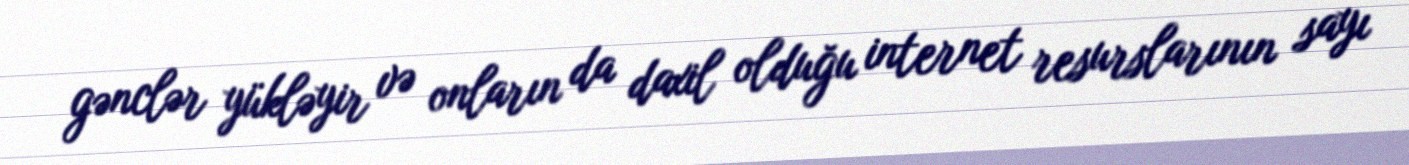
gənclər yükləyir və onların da daxil olduğu internet resurslarının sayı